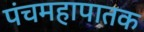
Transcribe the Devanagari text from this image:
पंचमहापातक